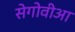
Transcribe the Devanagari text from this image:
सेगोवीआ